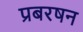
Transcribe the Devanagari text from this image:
प्रबरषन